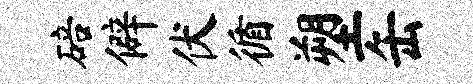
碚僻伏循塑缶